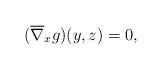
LaTeX: \begin{align*}(\overline{\nabla}_xg)(y,z)=0,\end{align*}